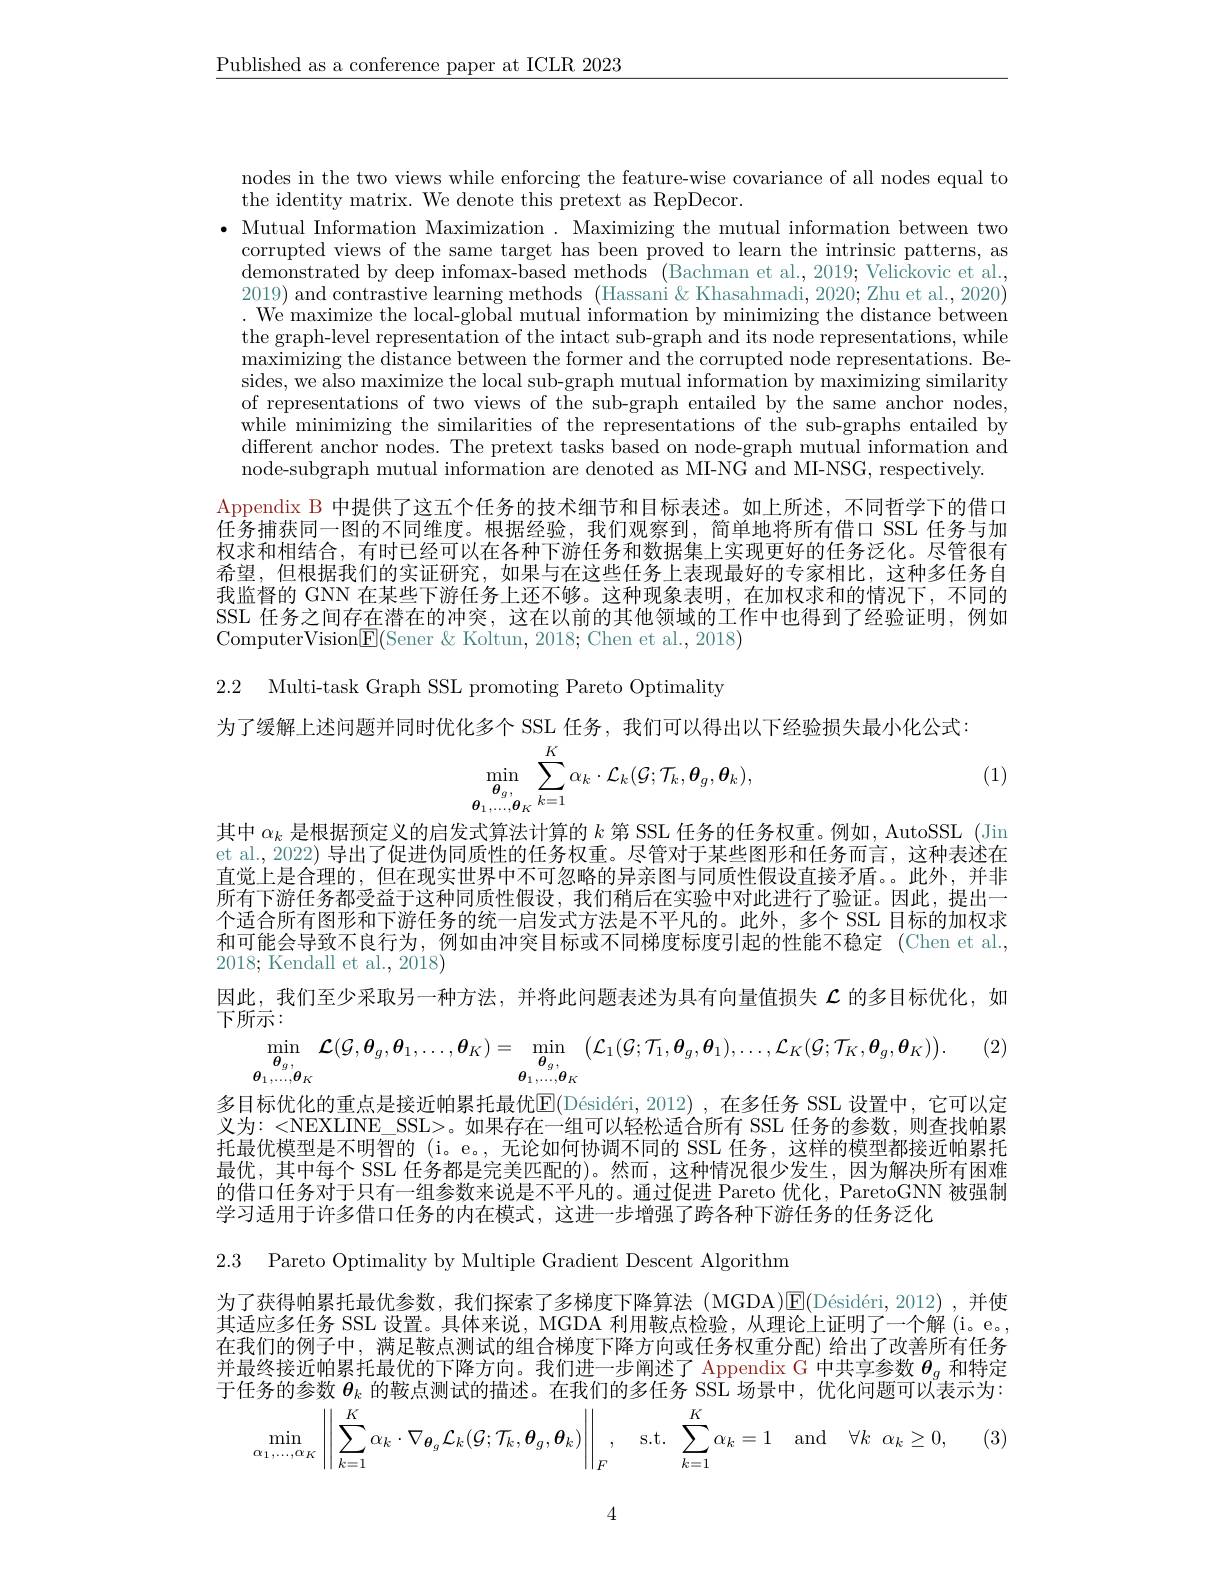
$\underline{\text{Published as a conference paper at ICLR 2023}}$

nodes in the two views while enforcing the feature-wise covariance of all nodes equal to
the identity matrix. We denote this pretext as RepDecor.

$\bullet$ Mutual Information Maximization . Maximizing the mutual information between two
corrupted views of the same target has been proved to learn the intrinsic patterns, as $\dot{\text{demonstrated by deep infomax-based methods }}($Bachman et al., 2019; Velickovic et'al., 2019) and contrastive learning methods (Hassani & Khasahmadi, 2020; Zhu et al., 2020) . We' maximize the local- global mutual information by minimizing the distance between the graph-level representation of the intact sub-graph and its node representations, while $\bar{\text{maximizing the distance between the former and the corrupted node representations. Be-}}$ sides, we also maximize the local sub-graph mutual information by maximizing similarity of representations of two views of the sub-graph entailed by the same anchor nodes, while minimizing the similarities of the representations of the sub-graphs entailed by different anchor nodes. The pretext tasks based on node-graph mutual information and node-subgraph mutual information are denoted as MI-NG and MI-NSG, respectively.
Appendix B 中提供了这五个任务的技术细节和目标表述。如上所述，不同哲学下的借口任务捕获同一图的不同维度。根据经验，我们观察到，简单地将所有借口 SSL 任务与加权求和相结合，有时已经可以在各种下游任务和数据集上实现更好的任务泛化。尽管很有希望，但根据我们的实证研究，如果与在这些任务上表现最好的专家相比，这种多任务自我监督的 GNN 在某些下游任务上还不够。这种现象表明，在加权求和的情况下，不同的SSL 任务之间存在潜在的冲突，这在以前的其他领域的工作中也得到了经验证明，例如ComputerVision$\boxed{\mathrm{E}}($Sener &Koltun, 2018; Chen et al., 2018)

2.2 Multi-task Graph SSL promoting Pareto Optimality

为了缓解上述问题并同时优化多个 SSL 任务，我们可以得出以下经验损失最小化公式：

(1)
$$\operatorname*{min}_{\boldsymbol{\theta}_{g},}\sum_{k=1}^{K}\alpha_{k}\cdot\mathcal{L}_{k}(\mathcal{G};\mathcal{T}_{k},\boldsymbol{\theta}_{g},\boldsymbol{\theta}_{k}),$$
其中$\alpha_k$是根据预定义的启发式算法计算的$k$第 SSL 任务的任务权重。例如，AutoSSL (Jin et al., 2022) 导出了促进伪同质性的任务权重。尽管对于某些图形和任务而言，这种表述在直觉上是合理的，但在现实世界中不可忽略的异亲图与同质性假设直接矛盾。此外，并非所有下游任务都受益于这种同质性假设，我们稍后在实验中对此进行了验证。因此，提出一个适合所有图形和下游任务的统一启发式方法是不平凡的。此外，多个 SSL 目标的加权求和可能会导致不良行为，例如由冲突目标或不同梯度标度引起的性能不稳定 (Chen et al., 2018; Kendall et al., 2018)
因此，我们至少采取另一种方法，并将此问题表述为具有向量值损失$\mathcal{L}$的多目标优化，如
下所示：
(2)
$$\min_{\boldsymbol{\theta}_{1},\ldots,\boldsymbol{\theta}_{K}}\mathcal{L}(\mathcal{G},\boldsymbol{\theta}_{g},\boldsymbol{\theta}_{1},\ldots,\boldsymbol{\theta}_{K})=\min_{\boldsymbol{\theta}_{g},}\left(\mathcal{L}_{1}(\mathcal{G};\mathcal{T}_{1},\boldsymbol{\theta}_{g},\boldsymbol{\theta}_{1}),\ldots,\mathcal{L}_{K}(\mathcal{G};\mathcal{T}_{K},\boldsymbol{\theta}_{g},\boldsymbol{\theta}_{K})\right).$$
多目标优化的重点是接近帕累托最优$\overline {E}$( $\text{D\' {e}sid\' {e}ri, 2012) }$ , 在 多 任 务 SSL 设 置 中 , 它 可 以 定 义为：<NEXLINE\_SSL>。如果存在一组可以轻松适合所有 SSL 任务的参数，则查找帕累托最优模型是不明智的 (i。e。,无论如何协调不同的 SSL 任务，这样的模型都接近帕累托最优，其中每个 SSL 任务都是完美匹配的)。然而，这种情况很少发生，因为解决所有困难的借口任务对于只有一组参数来说是不平凡的。通过促进 Pareto 优化，ParetoGNN 被强制学习适用于许多借口任务的内在模式，这进一步增强了跨各种下游任务的任务泛化

2.3 Pareto Optimality by Multiple Gradient Descent Algorithm

为了获得帕累托最优参数，我们探索了多梯度下降算法(MGDA)E$( \text{D\' esid\' {e}ri, 2012) }$ ,并使其适应多任务 SSL 设置。具体来说，MGDA 利用鞍点检验，从理论上证明了一个解 (i。e。, 在我们的例子中，满足鞍点测试的组合梯度下降方向或任务权重分配) 给出了改善所有任务并最终接近帕累托最优的下降方向。我们进一步阐述了 Appendix G 中共享参数$\theta_g$和特定于任务的参数$\boldsymbol{\theta}_k$的鞍点测试的描述。在我们的多任务 SSL 场景中，优化问题可以表示为：
$$\min_{\alpha_{1},\ldots,\alpha_{K}}\left|\left|\sum_{k=1}^{K}\alpha_{k}\cdot\nabla_{\boldsymbol{\theta}_{g}}\mathcal{L}_{k}(\mathcal{G};\mathcal{T}_{k},\boldsymbol{\theta}_{g},\boldsymbol{\theta}_{k})\right|\right|_{F},\quad\mathrm{s.t.}\sum_{k=1}^{K}\alpha_{k}=1\quad\mathrm{and}\quad\forall k\quad\alpha_{k}\geq0,$$
(3)

4